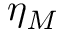
\eta _ { M }